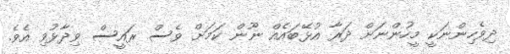
ދިވެހިންނަކީ މީހުންނަށް ދަރާ އުޅޭބައެއް ނޫން ކަމަށް ވެސް ރައީސް ވިދާޅުވި އެވެ.